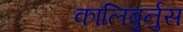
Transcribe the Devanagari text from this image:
कालिबुर्नुस